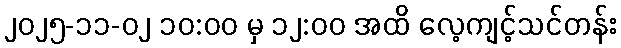
၂၀၂၅-၁၁-၀၂ ၁၀:၀၀ မှ ၁၂:၀၀ အထိ လေ့ကျင့်သင်တန်း